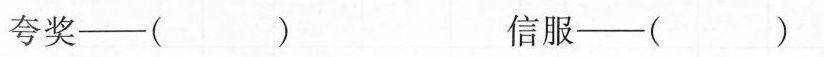
夸奖--（） 信服--（）